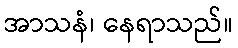
အာသနံ၊ နေရာသည်။